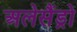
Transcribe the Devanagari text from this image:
अलेसैंड्रो